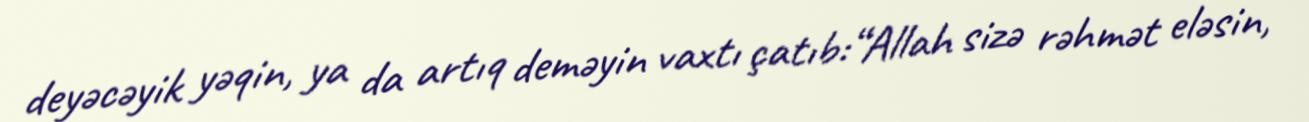
deyəcəyik yəqin, ya da artıq deməyin vaxtı çatıb:“Allah sizə rəhmət eləsin,